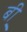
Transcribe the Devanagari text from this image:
बी़